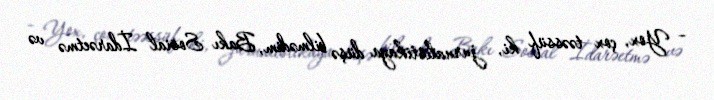
– Yox, çox təəssüf ki, jurnalistikaya düşə bilmədim, Bakı Sosial İdarəetmə və